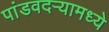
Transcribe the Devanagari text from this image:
पांडवदर्‍यामध्ये